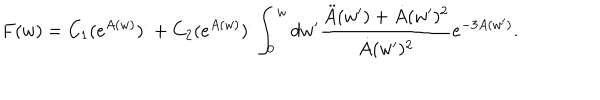
F ( w ) = C _ { 1 } ( e ^ { A ( w ) } ) ^ { \cdot } + C _ { 2 } ( e ^ { A ( w ) } ) ^ { \cdot } \int _ { 0 } ^ { w } d w ^ { \prime } \frac { \ddot { A } ( w ^ { \prime } ) + \dot { A } ( w ^ { \prime } ) ^ { 2 } } { \dot { A } ( w ^ { \prime } ) ^ { 2 } } e ^ { - 3 A ( w ^ { \prime } ) } .